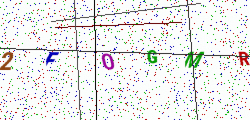
Text: 2F0GMR